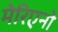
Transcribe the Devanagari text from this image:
मेरिएनो